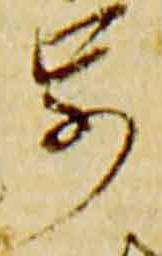
歩